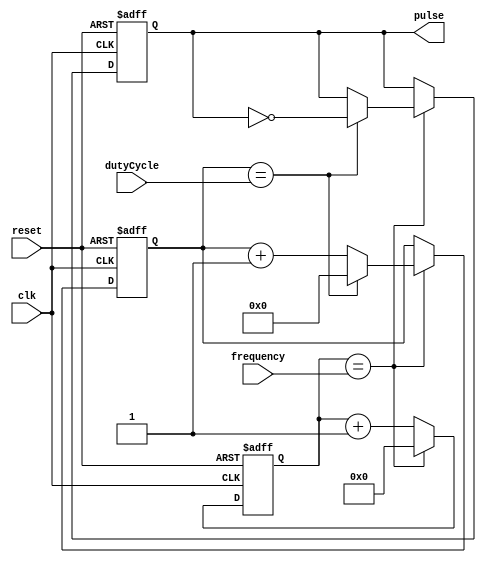
module VariableFrequencyPulseGenerator (
    input wire clk,
    input wire reset,
    input wire [15:0] frequency,
    input wire [7:0] dutyCycle,
    output reg pulse
);

reg [15:0] count;
reg [7:0] countCompare;

always @ (posedge clk or posedge reset) begin
    if (reset) begin
        count <= 16'b0;
        countCompare <= 8'b0;
        pulse <= 1'b0;
    end else begin
        count <= count + 1;
        if (count == frequency) begin
            count <= 16'b0;
            countCompare <= countCompare + 1;
            if (countCompare == dutyCycle) begin
                pulse <= ~pulse;
                countCompare <= 8'b0;
            end
        end
    end
end

endmodule